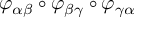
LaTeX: \varphi _ { \alpha \beta } \circ \varphi _ { \beta \gamma } \circ \varphi _ { \gamma \alpha }